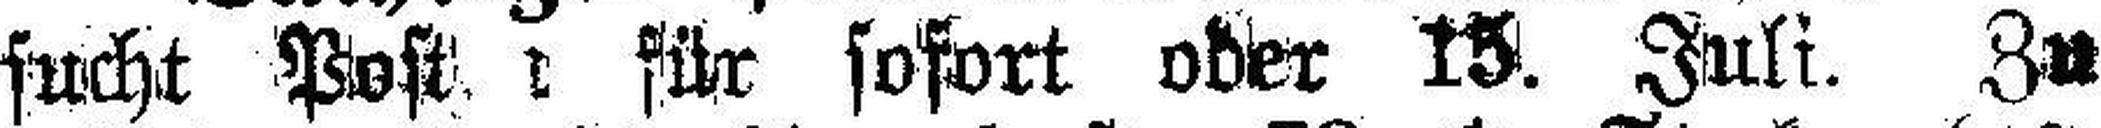
sucht Posten für sofort oder 15. Juli. Zu